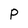
Character: p